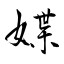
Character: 媟